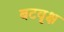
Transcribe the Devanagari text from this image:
बटवृक्ष